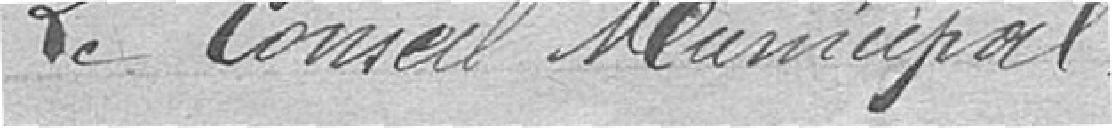
Le Conseil Municipal.